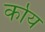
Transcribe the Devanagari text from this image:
र्काय